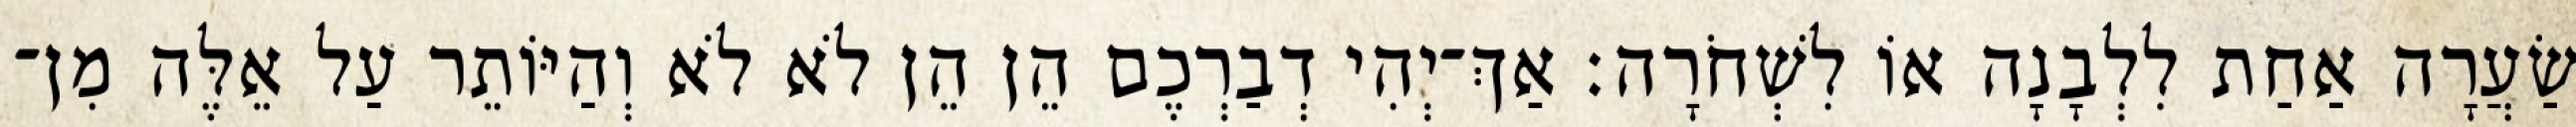
שַׂעֲרָה אַחַת לִלְבָנָה אוֹ לִשְׁחֹרָה׃ אַךְ־יְהִי דְבַרְכֶם הֵן הֵן לֹא לֹא וְהַיּוֹתֵר עַל אֵלֶּה מִן־